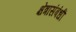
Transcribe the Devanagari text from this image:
क्षेत्रासंबंधीं